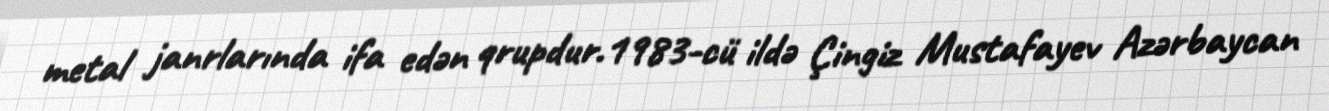
metal janrlarında ifa edən qrupdur.1983-cü ildə Çingiz Mustafayev Azərbaycan